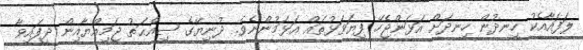
ލަފައާއެކު ހިނދުން ހިނދަށް އަޅަންޖެހޭ ފިޔަވަޅުތައް އަޅަމުންނެވެ. ދުނިޔޭގެ ޞިއްޙަތު ޖަމިއްޔާއިން ދީފައިވާ